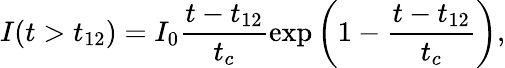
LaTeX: I(t>t_{12})=I_{0}\frac{t-t_{12}}{t_{c}}\exp\left(1-\frac{t-t_{12}}{t_{c}}\right),